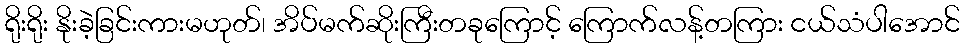
ရိုးရိုး နိုးခဲ့ခြင်းကားမဟုတ်၊ အိပ်မက်ဆိုးကြီးတခုကြောင့် ကြောက်လန့်တကြား ငယ်သံပါအောင်